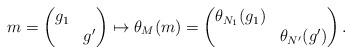
LaTeX: \begin{align*}m= \begin{pmatrix} g_1& \\ & g' \end{pmatrix} \mapsto \theta_M(m)= \begin{pmatrix} \theta_{N_1}(g_1)& \\ & \theta_{N'}(g') \end{pmatrix}.\end{align*}